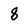
Character: 8